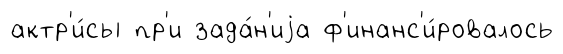
актр'и́сы пр'и зада́н'иjа ф'инанс'и́ровалось